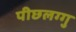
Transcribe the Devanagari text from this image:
पीछलग्गु